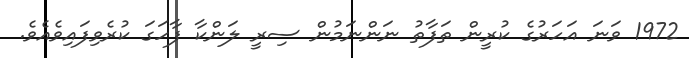
1972 ވަނަ އަހަރުގެ ކުރީން ތަފާތު ނަންނަމުން ސިރީ ލަންކާ ފާހަގަ ކުރެވިފައިވެއެވެ.